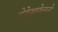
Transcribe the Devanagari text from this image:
तेरेखोलने